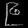
Digit: ၉